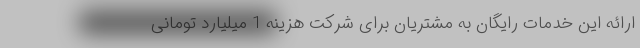
ارائه این خدمات رایگان به مشتریان برای شرکت هزینه 1 میلیارد تومانی